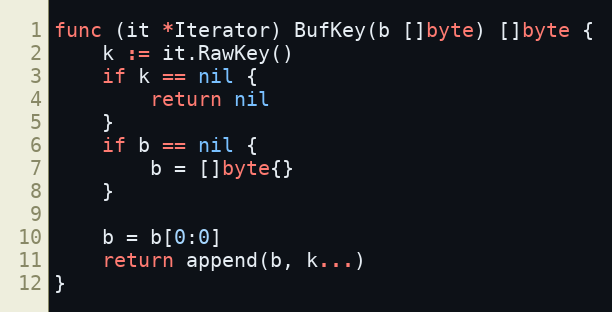
Language: Go
func (it *Iterator) BufKey(b []byte) []byte {
	k := it.RawKey()
	if k == nil {
		return nil
	}
	if b == nil {
		b = []byte{}
	}

	b = b[0:0]
	return append(b, k...)
}